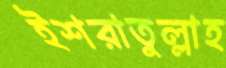
ইশরাতুল্লাহ